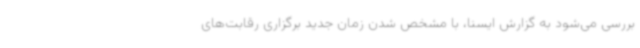
بررسی می‌شود به گزارش ایسنا، با مشخص شدن زمان جدید برگزاری رقابت‌های